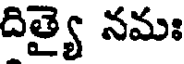
దిత్యై నమః